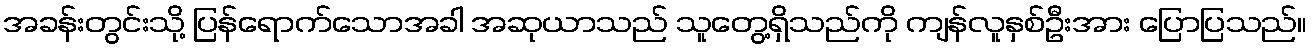
အခန်းတွင်းသို့ ပြန်ရောက်သောအခါ အဆုယာသည် သူတွေ့ရှိသည်ကို ကျန်လူနှစ်ဦးအား ပြောပြသည်။